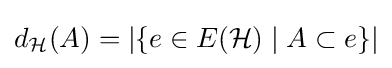
d_{\mathcal {H}}(A)=|\{e\in E({\mathcal {H}})\mid A\subset e\}|